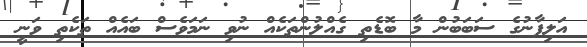
އަލިފާނުގެ ސަބަބުން މާ ބޮޑެތި ގެއްލުންތަކެއް ނުވި ނަމަވެސް ބައެއް ތަކެތި ވަނީ